Vaccination in the Punjab 1867-1880 - 1867-1880
Year: 1867
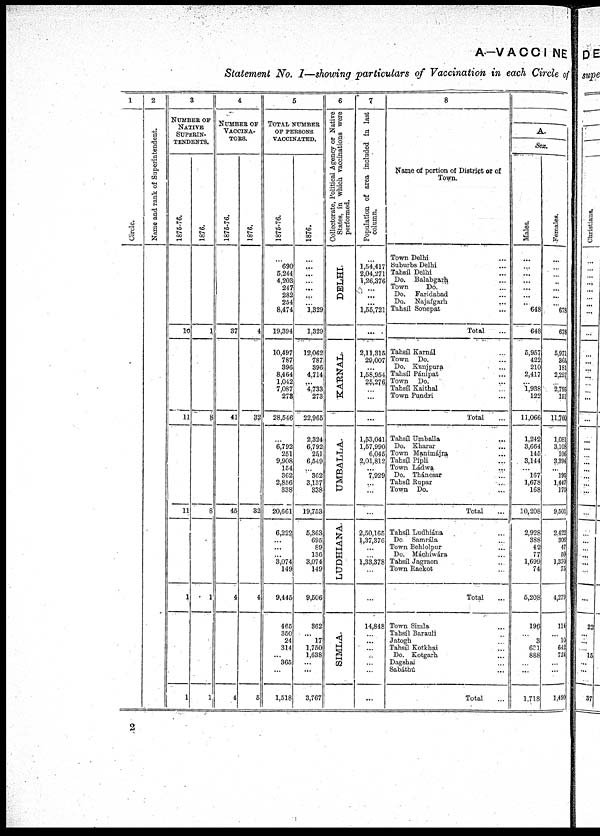
A.-VACCINE
Statement No. 1—showing particulars of Vaccination in each Circle of
1
Circle.
2
Name and rank of Superintendent.
3
NUMBER OF
NATIVE
SUPERIN¬
TENDENTS.
1875-76.
10
11
11
1
1
1876.
1
8
8
1
1
4
NUMBER OF
VACCINA¬
TORS.
1875-76.
37
41
45
4
4
1876.
4
32
32
4
5
5
TOTAL NUMBER
OF PERSONS
VACCINATED.
1875-76.
...
690
5,244
4,203
247
282
254
8,474
19,394
10,497
787
396
8,464
1,042
7,087
273
28,546
...
6,792
251
9,908
154
362
2,856
338
20,661
6,222
...
...
...
3,074
149
9,445
465
350
24
314
...
365
...
1,518
1876.
...
...
...
...
...
...
...
1,329
1,329
12,062
787
396
4,714
...
4,733
273
22,965
2,324
6,792
251
6,549
...
362
3,137
338
19,753
5,363
695
89
136
3,074
149
9,506
362
...
17
1,750
1,638
...
...
3,767
6
Collectorate, Political Agency or Native
States, in which vaccinations were
performed.
DELHI.
KARNAL.
UMBALLA.
LUDHIANA.
SI MLA.
7
Population of area included in last
column.
...
1,54,417
2,04,271
1,26,376
...
...
...
1,55,721
...
2,11,315
29,007
...
1,58,954
25,276
...
...
...
1,53,041
1,57,990
6,045
2,01,812
...
7,929
...
...
...
2,50,165
1,37,376
...
...
1,33,378
...
...
14,848
...
...
...
...
...
...
...
8
Name of portion of District or of
Town.
Town Delhi ...
Suburbs Delhi ...
Tahsíl Delhi ...
Do. Balabgarh ...
Town
Do. ...
Do.
Faridabad ...
Do. Najafgarh ...
Tahsíl Sonepat ...
Total ...
Tahsíl Karnál ...
Town Do. ...
Do. Kunjpura ...
Tahsíl Pánipat ...
Town Do. ...
Tahsíl Kaithal ...
Town Pundri ...
Total ...
Tahsíl Umballa ...
Do. Kharar ...
Town Manimájra ...
Tahsíl Pipli ...
Town Ládwa ...
Do. Thánesar ...
Tahsíl Rupar ...
Town Do. ...
Total ...
Tahsíl Ludhiána ...
Do Samrála ...
Town Behlolpur ...
Do. Máchiwára ...
Tahsíl Jagraon ...
Town Raekot ...
Total ...
Town Simla ...
Tahsíl Barauli ...
Jatogh ...
Tahsíl Kotkhai ...
Do. Kotgarh ...
Dagshai ...
Sabáthú ...
Total ...
A.
Sex.
Males.
...
...
...
...
...
...
...
648
648
5,957
422
210
2,417
... 1,938
122
11,066
1,242
3,664
145
3,144
...
167
1,678
168
10,208
2,928
388
42
77
1,699
74
5,208
196
...
3
631
888
...
...
1,718
Females.
...
...
...
...
...
...
...
678
678
5,971
365
181
2,297
... 2,795
151
11,760
1,081
3,108
106
3,394
...
195
1,447
170
9,501
2,422
306
47
59
1,370
75
4,279
114
...
10
642
724
...
...
1,490
2